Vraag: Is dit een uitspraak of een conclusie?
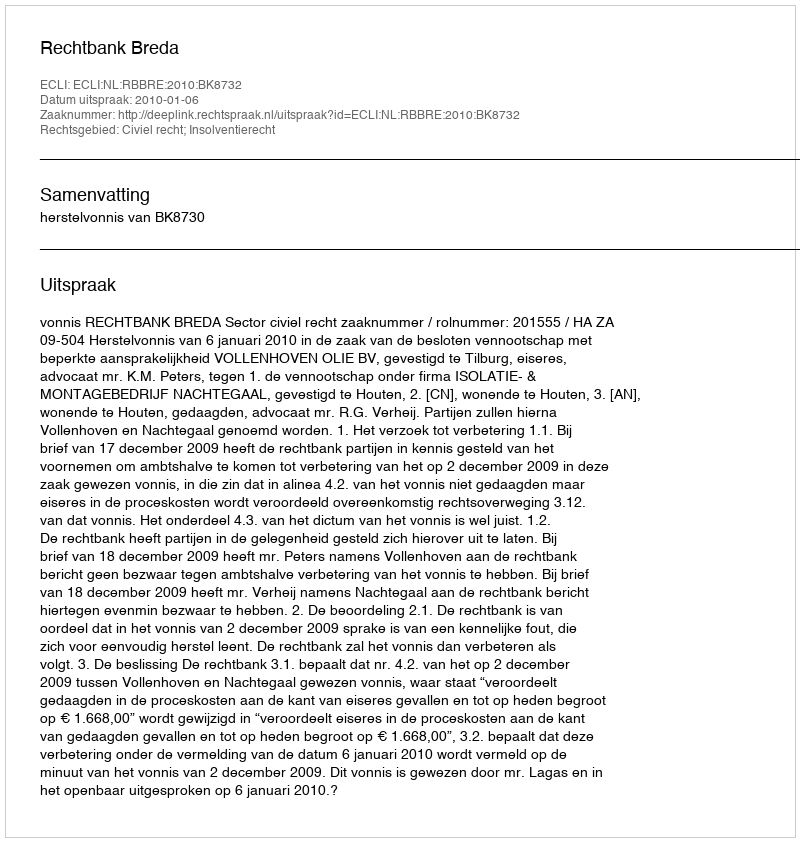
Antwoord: Uitspraak